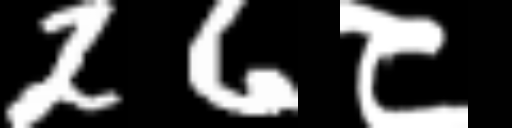
Text: 26८